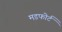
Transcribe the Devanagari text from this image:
मडफोर्ट